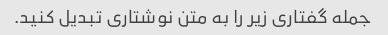
جمله گفتاری زیر را به متن نوشتاری تبدیل کنید.